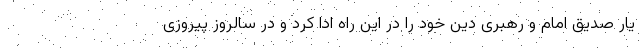
یار صدیق امام و رهبری دین خود را در این راه ادا کرد و در سالروز پیروزی